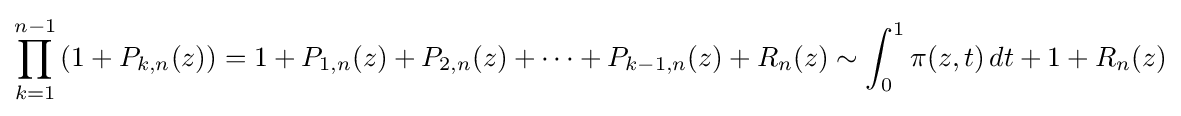
\prod _{k=1}^{n-1}\left(1+P_{k,n}(z)\right)=1+P_{1,n}(z)+P_{2,n}(z)+\cdots +P_{k-1,n}(z)+R_{n}(z)\sim \int _{0}^{1}\pi (z,t)\,dt+1+R_{n}(z)